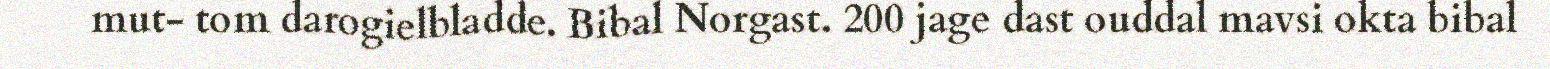
mut- tom darogielbladde. Bibal Norgast. 200 jage dast ouddal mavsi okta bibal